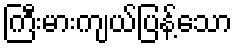
ကြီးမားကျယ်ပြန့်သော